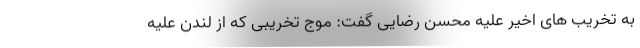
به تخریب های اخیر علیه محسن رضایی گفت: موج تخریبی که از لندن علیه